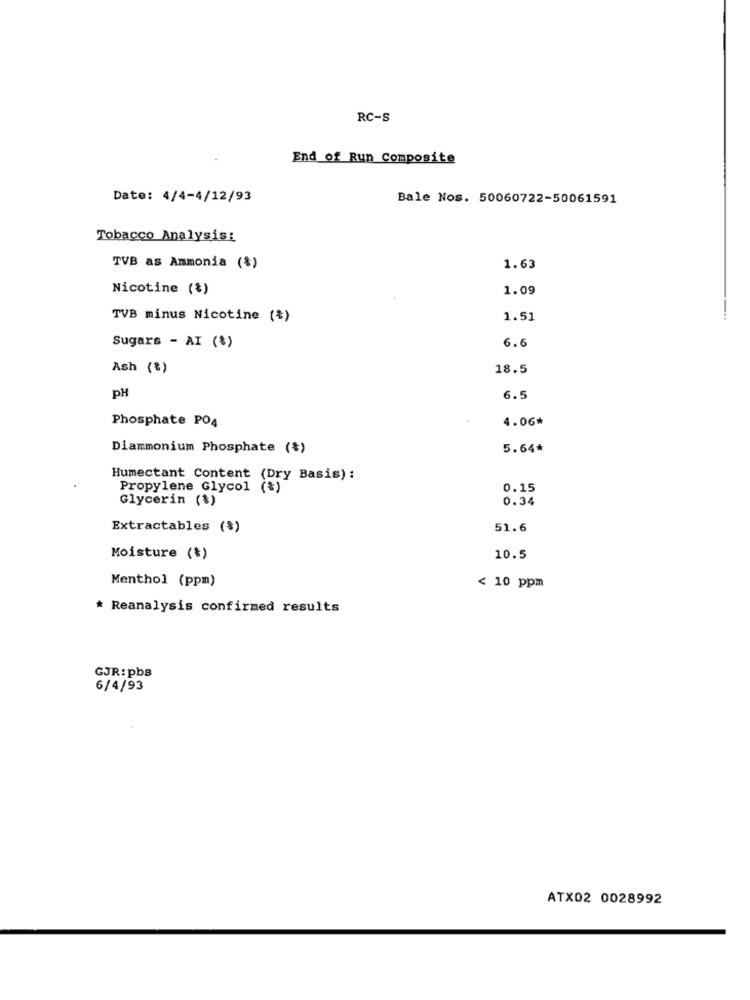
RC-S
End of Run Composite
Date: 4/4-4/12/93
Bale Nos. 50060722-50061591
Tobacco Analysis:
TVB as Ammonia (%)
1.63
Nicotine (%)
1.09
TVB minus Nicotine (*)
1.51
Sugars - AI (%)
6.6
Ash (%)
18.5
pH
6.5
Phosphate PO4
4.06*
Diammonium Phosphate (*)
5.64*
Humectant Content (Dry Basis) :
Propylene Glycol (%)
0.15
Glycerin (%)
0.34
Extractables (%)
51.6
Moisture (%)
10.5
Menthol (ppm)
< 10 ppm
* Reanalysis confirmed results
GJR: pbs
6/4/93
ATX02 0028992